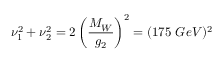
\nu _ { 1 } ^ { 2 } + \nu _ { 2 } ^ { 2 } = 2 \left( \frac { M _ { W } } { g _ { 2 } } \right) ^ { 2 } = ( 1 7 5 \ G e V ) ^ { 2 }